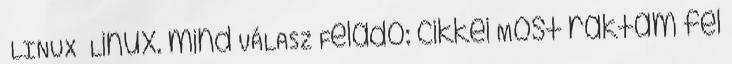
LINUX Linux. mind VÁLASZ Feladó: cikkei Most raktam fel